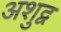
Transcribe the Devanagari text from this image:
अशुद्व